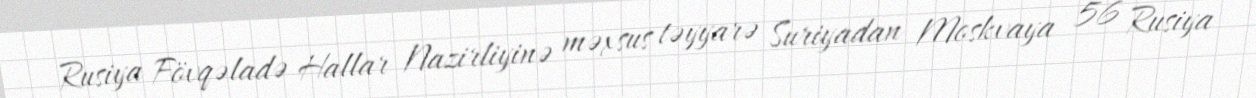
Rusiya Fövqəladə Hallar Nazirliyinə məxsus təyyarə Suriyadan Moskvaya 56 Rusiya